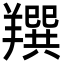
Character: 䍻